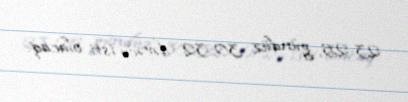
23-25, gündüz 30-32 dərəcə isti olacaq.